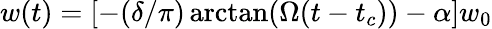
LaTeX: w(t)=\left[-({\delta}/{\pi})\arctan(\Omega(t-t_{c}))-\alpha\right]w_{0}